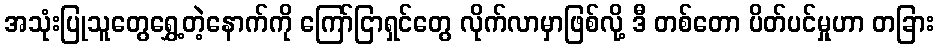
အသုံးပြုသူတွေရွှေ့တဲ့နောက်ကို ကြော်ငြာရှင်တွေ လိုက်လာမှာဖြစ်လို့ ဒီ တစ်တော ပိတ်ပင်မှုဟာ တခြား